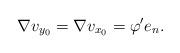
LaTeX: \begin{align*}\nabla v_{y_0} = \nabla v_{x_0} = \varphi' e_n.\end{align*}